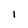
Character: I